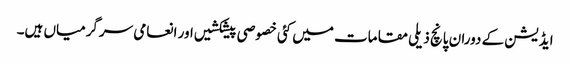
ایڈیشن کے دوران پانچ ذیلی مقامات میں کئی خصوصی پیشکشیں اور انعامی سرگرمیاں ہیں۔